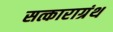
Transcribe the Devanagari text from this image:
सत्काराग्रंथ